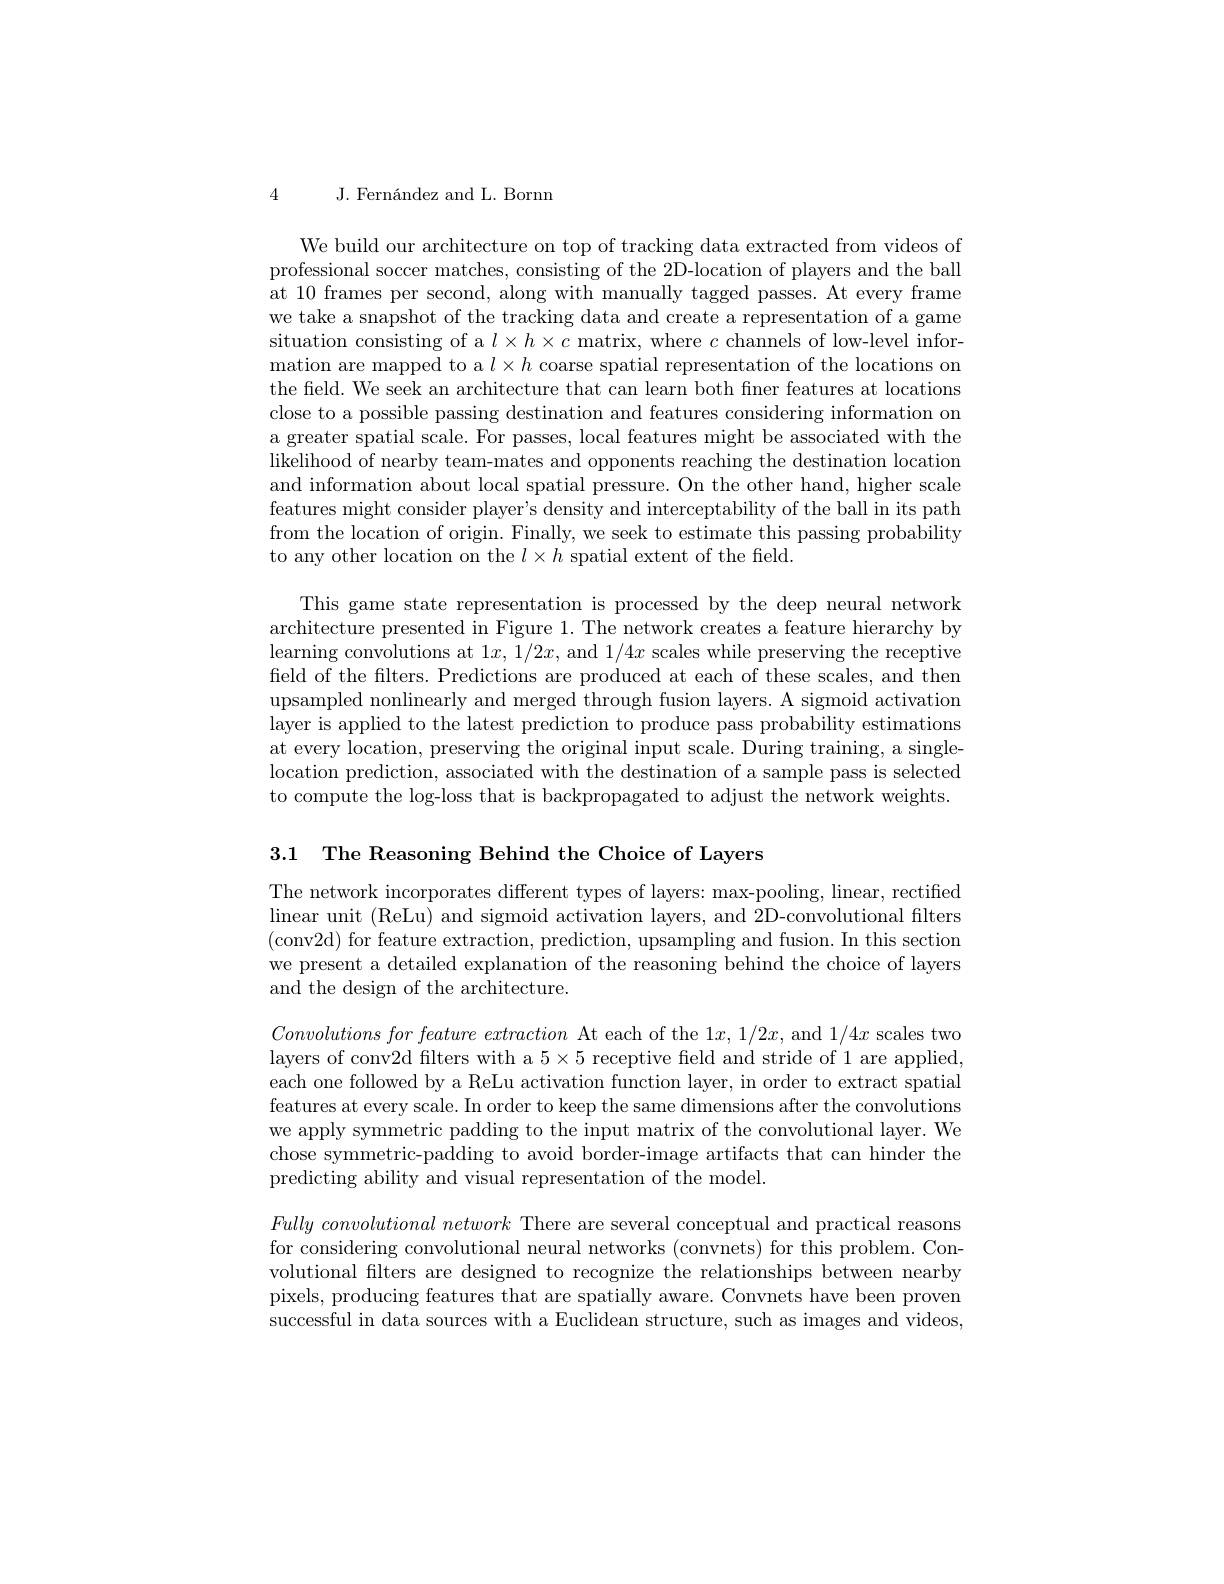
4 J. Fernández and L. Bornn

We build our architecture on top of tracking data extracted from videos of professional soccer matches, consisting of the 2D-location of players and the ball at 10 frames per second, along with manually tagged passes. At every frame we take a snapshot of the tracking data and create a representation of a game situation consisting of a $l\times h\times c$ matrix, where $c$ channels of low-level information are mapped to a $l\times h$ coarse spatial representation of the locations on the field. We seek an architecture that can learn both fner features at locations close to a possible passing destination and features considering information on a greater spatial scale. For passes, local features might be associated with the likelihood of nearby team-mates and opponents reaching the destination location and information about local spatial pressure. On the other hand, higher scale features might consider player's density and interceptability of the ball in its path from the location of origin. Finally, we seek to estimate this passing probability to any other location on the $l\times h$ spatial extent of the field.

This game state representation is processed by the deep neural network architecture presented in Figure 1. The network creates a feature hierarchy by learning convolutions at $1x,1/2x$, and $1/4x$ scales while preserving the receptive field of the filters. Predictions are produced at each of these scales, and then upsampled nonlinearly and merged through fusion layers. A sigmoid activation layer is applied to the latest prediction to produce pass probability estimations at every location, preserving the original input scale. During training, a single location prediction, associated with the destination of a sample pass is selected to compute the log-loss that is backpropagated to adjust the network weights

3.1 The Reasoning Behind the Choice of Layers

The network incorporates different types of layers: max-pooling, linear, rectified linear unit (ReLu) and sigmoid activation layers, and 2D-convolutional filters (conv2d) for feature extraction, prediction, upsampling and fusion. In this section we present a detailed explanation of the reasoning behind the choice of layers and the design of the architecture.

$Convolutionsforfeature\textit{ extraction At each of the 1}x, 1/ 2x$, and $1/4x$ scales two layers of conv2d filters with a $5\times5$ receptive feld and stride of 1 are applied each one followed by a ReLu activation function layer, in order to extract spatial features at every scale. In order to keep the same dimensions after the convolutions we apply symmetric padding to the input matrix of the convolutional layer. We chose symmetric-padding to avoid border-image artifacts that can hinder the predicting ability and visual representation of the model.

$Fully~convolutional~network~$There are several conceptual and practical reasons for considering convolutional neural networks (convnets) for this problem. Convolutional filters are designed to recognize the relationships between nearby pixels, producing features that are spatially aware. Convnets have been proven successful in data sources with a Euclidean structure, such as images and videos,